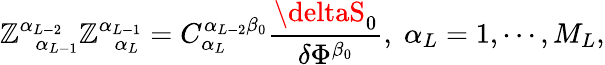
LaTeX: \mathbb{Z}_{\; \; \alpha_{L-1}}^{\alpha_{L-2}}\mathbb{Z}_{\; \; \alpha_{L}}^{\alpha_{L-1}}=C_{\alpha_{L}}^{\alpha_{L-2}\beta_{0}}\frac{{\deltaS_{0}}}{{\delta\Phi^{\beta_{0}}}},\; \alpha_{L}=1,\cdots,M_{L},